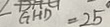
\angle G H D = 2 5